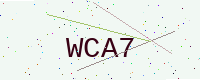
Text: WCA7